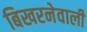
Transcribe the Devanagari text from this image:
बिखरनेवाली